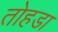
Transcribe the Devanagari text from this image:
तोहडा